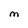
Character: M